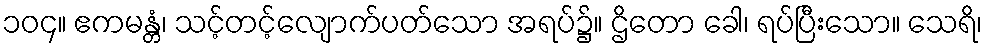
၁၀၄။ ဧကမန္တံ၊ သင့်တင့်လျောက်ပတ်သော အရပ်၌။ ဌိတော ခေါ၊ ရပ်ပြီးသော။ သေရိ၊